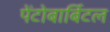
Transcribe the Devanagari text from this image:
पेंटोबार्बिटल